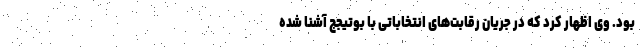
بود. وی اظهار کرد که در جریان رقابت‌های انتخاباتی با بوتیجج آشنا شده